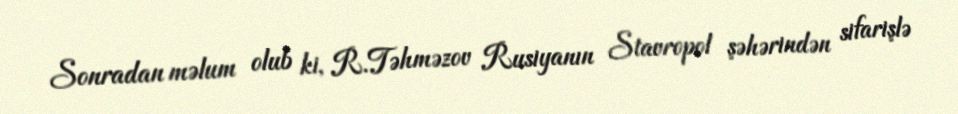
Sonradan məlum olub ki, R.Təhməzov Rusiyanın Stavropol şəhərindən sifarişlə